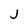
Character: j